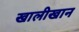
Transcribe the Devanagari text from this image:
खालीखान